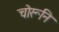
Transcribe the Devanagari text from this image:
चोरूनि